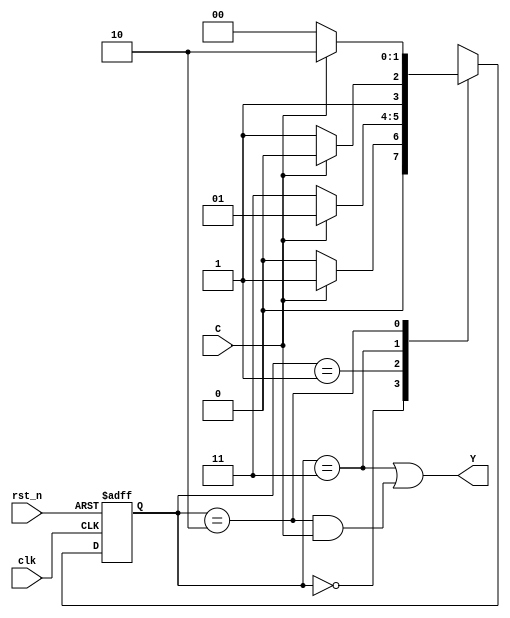
`timescale 1ns/1ns

module seq_circuit(
   input                C   ,
   input                clk ,
   input                rst_n,
 
   output   wire        Y   
);
parameter state_1=2'b00,state_2=2'b01,state_3=2'b11,state_4=2'b10;
reg [1:0] state,next_state;
always @(posedge clk or negedge rst_n)
begin
if(!rst_n)
state<=state_1;
else
state<=next_state;
end

always @(*)
begin
case(state)
state_1: next_state=C==0?state_1:state_2;
state_2: next_state=C==0?state_3:state_2;
state_3: next_state=C==0?state_3:state_4;
state_4: next_state=C==0?state_1:state_4;
endcase
end

assign Y=(state==state_3)||(state==state_4&&C==1);

endmodule